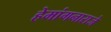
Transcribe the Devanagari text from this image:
हेमांगनाराजे